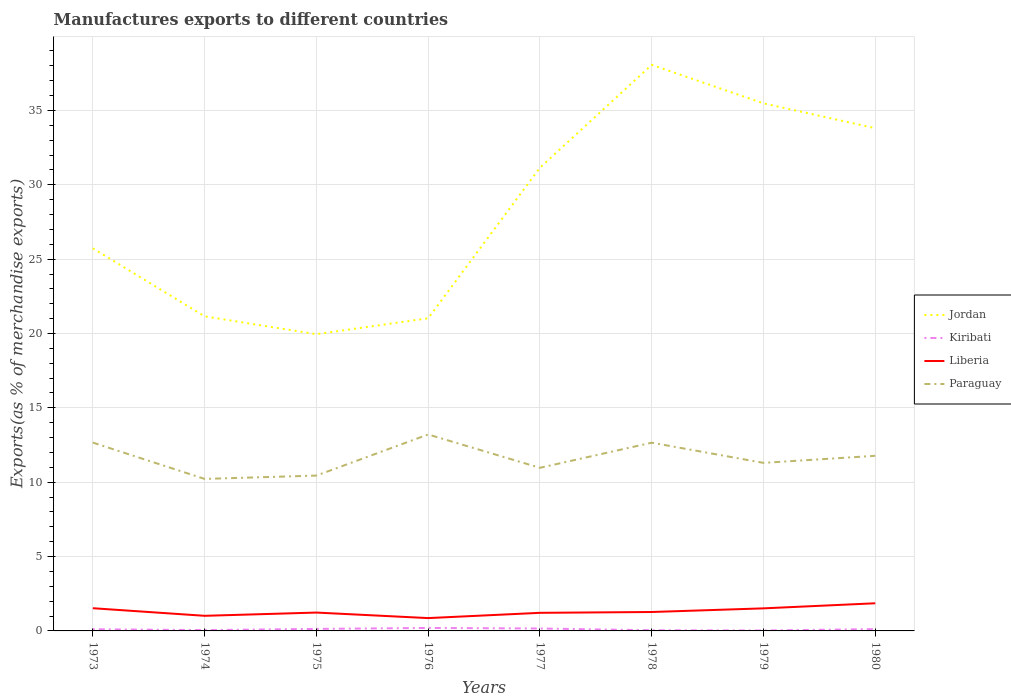
| Years | Jordan | Kiribati | Liberia | Paraguay |
 | --- | --- | --- | --- | --- |
 | 1973 | 25.7 | 0.112 | 1.53 | 12.7 |
 | 1974 | 21.2 | 0.0556 | 1.02 | 10.2 |
 | 1975 | 20 | 0.135 | 1.23 | 10.4 |
 | 1976 | 21 | 0.199 | 0.863 | 13.2 |
 | 1977 | 31.1 | 0.163 | 1.22 | 11 |
 | 1978 | 38.1 | 0.0457 | 1.27 | 12.7 |
 | 1979 | 35.5 | 0.0274 | 1.52 | 11.3 |
 | 1980 | 33.8 | 0.122 | 1.86 | 11.8 |